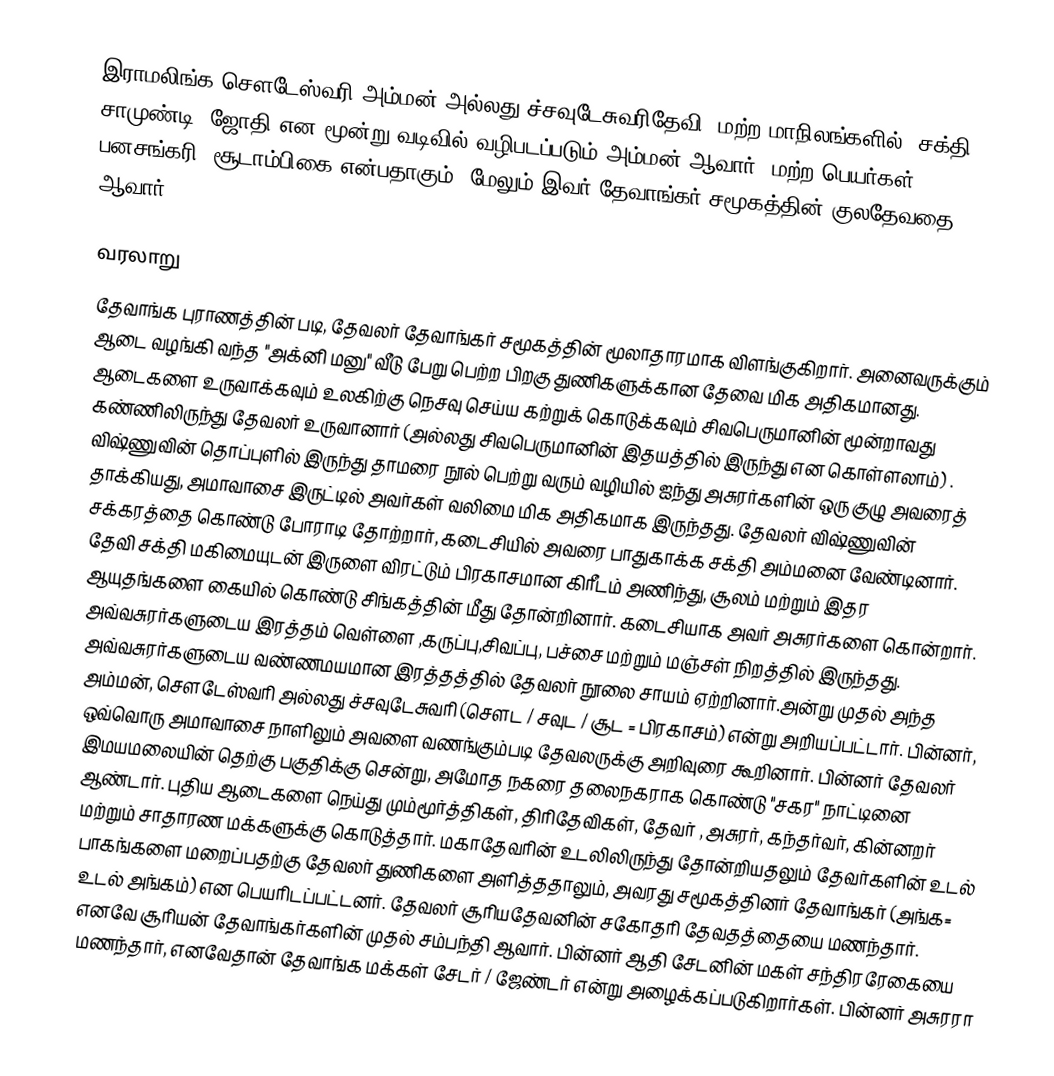
இராமலிங்க சௌடேஸ்வரி அம்மன் அல்லது ச்சவுடேசுவரிதேவி (மற்ற மாநிலங்களில்) சக்தி, சாமுண்டி, ஜோதி  என மூன்று வடிவில் வழிபடப்படும் அம்மன் ஆவார். மற்ற பெயர்கள் பனசங்கரி, சூடாம்பிகை என்பதாகும். மேலும் இவர் தேவாங்கர் சமூகத்தின் குலதேவதை ஆவார்.

வரலாறு
தேவாங்க புராணத்தின் படி,  தேவலர் தேவாங்கர் சமூகத்தின் மூலாதாரமாக விளங்குகிறார்.  அனைவருக்கும் ஆடை வழங்கி வந்த  "அக்னி மனு" வீடு பேறு பெற்ற பிறகு துணிகளுக்கான தேவை மிக அதிகமானது. ஆடைகளை உருவாக்கவும் உலகிற்கு நெசவு செய்ய கற்றுக் கொடுக்கவும் சிவபெருமானின் மூன்றாவது கண்ணிலிருந்து தேவலர் உருவானார் (அல்லது சிவபெருமானின் இதயத்தில் இருந்து என கொள்ளலாம்) . விஷ்ணுவின்  தொப்புளில் இருந்து தாமரை நூல் பெற்று வரும் வழியில்  ஐந்து அசுரர்களின் ஒரு குழு அவரைத் தாக்கியது, அமாவாசை இருட்டில் அவர்கள் வலிமை மிக அதிகமாக இருந்தது. தேவலர் விஷ்ணுவின் சக்கரத்தை கொண்டு போராடி தோற்றார், கடைசியில் அவரை பாதுகாக்க சக்தி அம்மனை வேண்டினார். தேவி சக்தி  மகிமையுடன் இருளை விரட்டும் பிரகாசமான கிரீடம் அணிந்து, சூலம் மற்றும் இதர ஆயுதங்களை கையில் கொண்டு  சிங்கத்தின் மீது தோன்றினார். கடைசியாக அவர் அசுரர்களை கொன்றார். அவ்வசுரர்களுடைய இரத்தம் வெள்ளை ,கருப்பு,சிவப்பு, பச்சை மற்றும் மஞ்சள் நிறத்தில் இருந்தது. அவ்வசுரர்களுடைய வண்ணமயமான இரத்தத்தில் தேவலர் நூலை சாயம் ஏற்றினார்.அன்று முதல் அந்த அம்மன், சௌடேஸ்வரி அல்லது ச்சவுடேசுவரி (சௌட / சவுட / சூட = பிரகாசம்) என்று அறியப்பட்டார். பின்னர், ஒவ்வொரு அமாவாசை நாளிலும் அவளை வணங்கும்படி தேவலருக்கு அறிவுரை கூறினார்.  பின்னர் தேவலர் இமயமலையின் தெற்கு பகுதிக்கு சென்று, அமோத நகரை தலைநகராக கொண்டு "சகர" நாட்டினை ஆண்டார்.  புதிய ஆடைகளை நெய்து மும்மூர்த்திகள், திரிதேவிகள், தேவர் , அசுரர், கந்தர்வர், கின்னறர் மற்றும் சாதாரண மக்களுக்கு கொடுத்தார். மகாதேவரின் உடலிலிருந்து தோன்றியதலும் தேவர்களின் உடல் பாகங்களை மறைப்பதற்கு தேவலர் துணிகளை அளித்ததாலும், அவரது சமூகத்தினர் தேவாங்கர் (அங்க= உடல் அங்கம்) என பெயரிடப்பட்டனர். தேவலர் சூரியதேவனின் சகோதரி தேவதத்தையை மணந்தார். எனவே சூரியன் தேவாங்கர்களின் முதல் சம்பந்தி ஆவார். பின்னர் ஆதி சேடனின் மகள் சந்திரரேகையை மணந்தார், எனவேதான் தேவாங்க மக்கள் சேடர் / ஜேண்டர் என்று அழைக்கப்படுகிறார்கள். பின்னர் அசுரரா